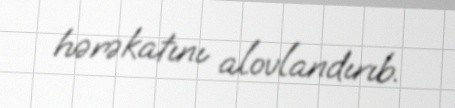
hərəkatını alovlandırıb.